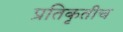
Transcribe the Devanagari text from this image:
प्रतिकृतीच